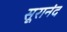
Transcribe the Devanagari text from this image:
सूरानंद